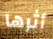
أثرها